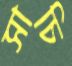
সাচি